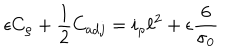
LaTeX: \epsilon C _ { \rho } + \frac { 1 } { 2 } C _ { a d j } = i _ { \rho } \ell ^ { 2 } + \epsilon \frac { 6 } { \sigma _ { 0 } }